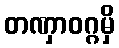
တဏှာဝဂ္ဂမှိ